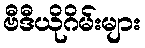
ဗီဒီယိုဂိမ်းများ